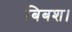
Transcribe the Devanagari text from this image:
बिबश।